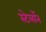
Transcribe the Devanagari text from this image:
स्टेलॉन